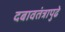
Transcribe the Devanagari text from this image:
दबावतंत्रापुढे